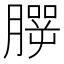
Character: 𦠍